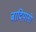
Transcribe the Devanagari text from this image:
बादियानो